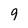
Character: 9